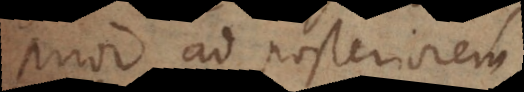
prior ad posteriorem